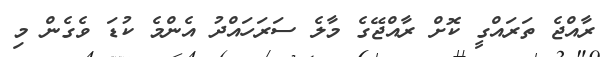
ރާއްޖެ ތަރައްގީ ކޮށް ރާއްޖޭގެ މާލެ ސަރަހައްދު އެންމެ ކުޑަ ވެގެން މި